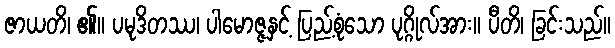
ဇာယတိ၊ ၏။ ပမုဒိတဿ၊ ပါမောဇ္ဇနှင့် ပြည့်စုံသော ပုဂ္ဂိုလ်အား။ ပီတိ၊ ခြင်းသည်။